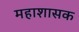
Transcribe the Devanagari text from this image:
महाशासक